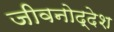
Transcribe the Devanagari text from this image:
जीवनोद्देश